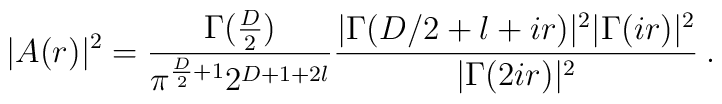
|A(r)|^2=\frac{\Gamma(\frac{D}{2})}{\pi^{\frac{D}{2}+1}2^{D+1+2l}}\frac{|\Gamma(D/2+l+ir)|^2|\Gamma(ir)|^2}{|\Gamma(2ir)|^2}\:.